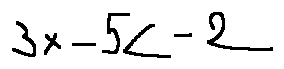
3 x - 5 < - 2